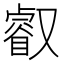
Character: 叡